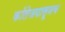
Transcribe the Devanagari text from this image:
कॉलेजपासूनच